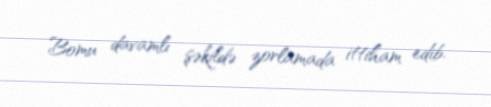
Bomu davamlı şəkildə zorlamada ittiham edib.